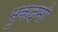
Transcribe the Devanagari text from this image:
मुकदमो